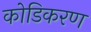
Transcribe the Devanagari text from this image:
कोडिकरण